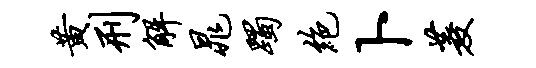
黄刑解晁躅绝卜菱